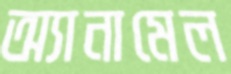
অ্যানামেল